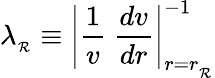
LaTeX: \lambda_{_\mathcal{R}}\equiv\left|{\frac{{1}}{{v}}}\ {\frac{{dv}}{{dr}}}\right|_{r=r_{_\mathcal{R}}}^{-1}